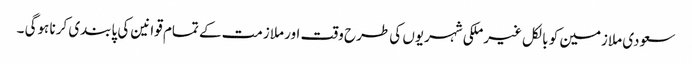
سعودی ملازمین کو بالکل غیرملکی شہریوں کی طرح وقت اور ملازمت کے تمام قوانین کی پابندی کرنا ہوگی ۔